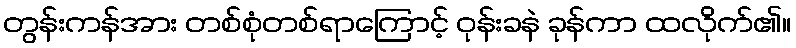
တွန်းကန်အား တစ်စုံတစ်ရာကြောင့် ဝုန်းခနဲ ခုန်ကာ ထလိုက်၏။